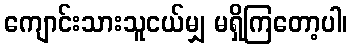
ကျောင်းသားသူငယ်မျှ မရှိကြတော့ပါ၊